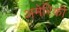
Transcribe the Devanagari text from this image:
अमेरिकी